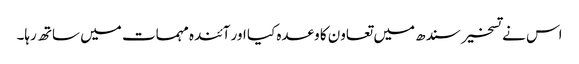
اس نے تسخیر سندھ میں تعاون کا وعدہ کیا اور آئندہ مہمات میں ساتھ رہا۔